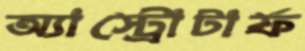
অ্যাস্ট্রোটার্ফ